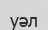
уәл